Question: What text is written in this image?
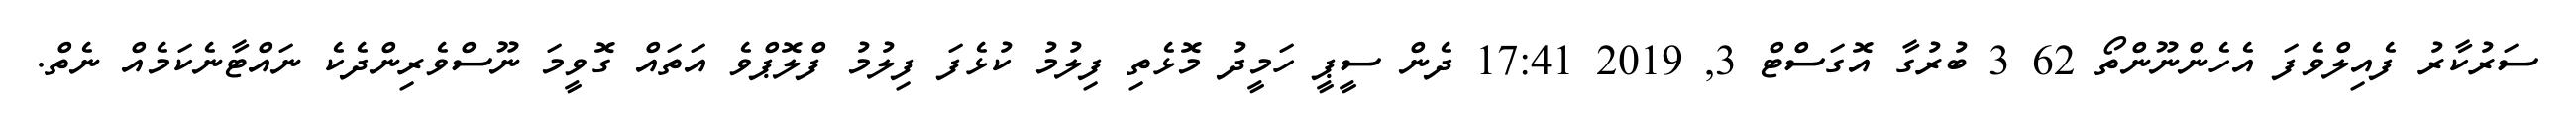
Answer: ސަރުކާރު ފެއިލްވެފަ އެހެންނޫންތޯ 62 3 ބުރުގާ އޮގަސްޓް 3, 2019 17:41 ދެން ސީޕީ ހަމީދު މޮޅެތި ފިލުމު ކުޅެފަ ފިލުމު ފްލޮޕްވެ އަތައް ގޮވީމަ ނޫސްވެރިންދެކެ ނައްޓާނެކަމެއް ނެތް.